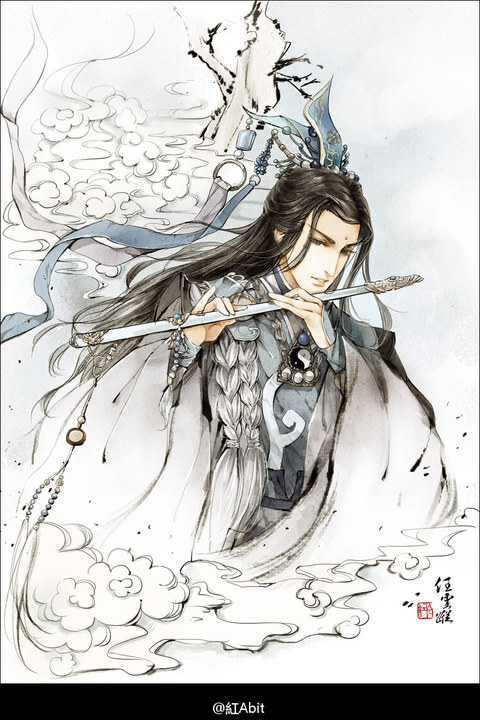
一日不思量，也攒眉千度。